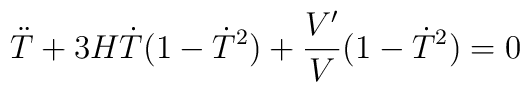
\ddot{T}+3H\dot{T}(1-\dot{T}^2)+\frac{V'}{V}(1-\dot{T}^2)=0